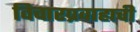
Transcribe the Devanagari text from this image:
विचारप्रवाहाची